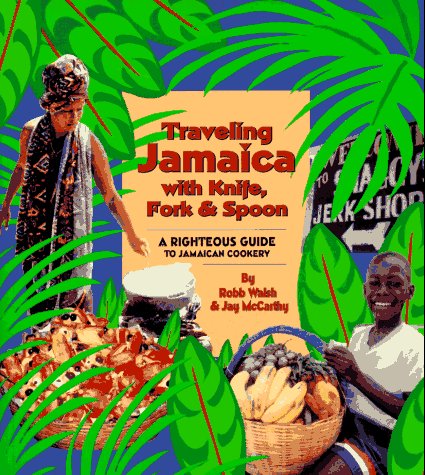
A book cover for Traveling Jamaica With Knife, Fork & Spoon: A Righteous Guide to Jamaican Cookery; Robb Walsh; Travel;